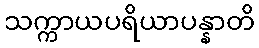
သက္ကာယပရိယာပန္နာတိ